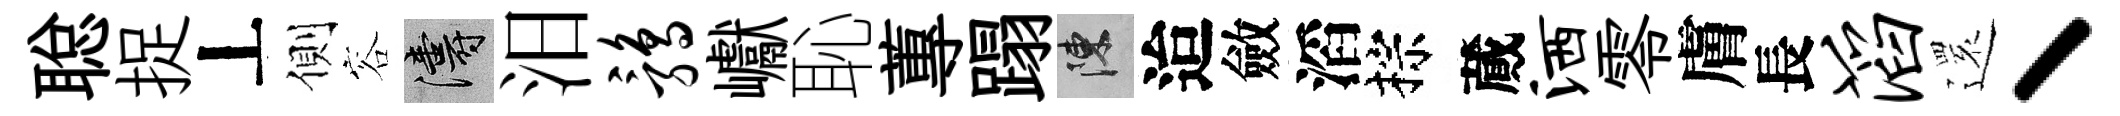
聪捉丄側容濤汨鹑巘恥蓴蹋陳迨斂滔棕蕆洒零膚長滔𮟃丶